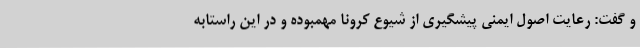
و گفت: رعایت اصول ایمنی پیشگیری از شیوع کرونا مهمبوده و در این راستابه